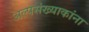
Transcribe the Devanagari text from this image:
अल्पसंख्याकांना